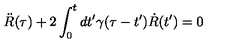
\ddot { R } ( \tau ) + 2 \int _ { 0 } ^ { t } { d t ^ { \prime } } \gamma ( \tau - t ^ { \prime } ) \dot { R } ( t ^ { \prime } ) = 0